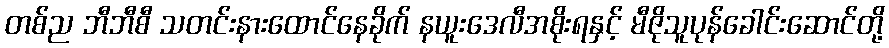
တစ်ည ဘီဘီစီ သတင်းနားထောင်နေခိုက် နယူးဒေလီအစိုးရနှင့် မီဇိုသူပုန်ခေါင်းဆောင်တို့